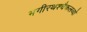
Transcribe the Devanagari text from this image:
भगीरथश्चैकलव्यो